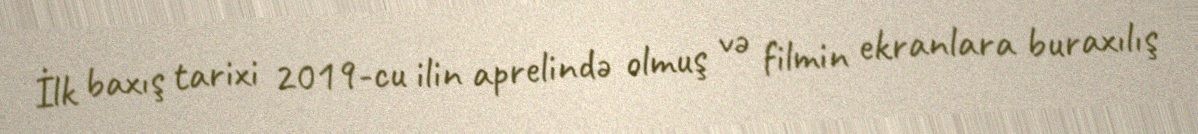
İlk baxış tarixi 2019-cu ilin aprelində olmuş və filmin ekranlara buraxılış